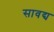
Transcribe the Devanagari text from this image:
सावद्य